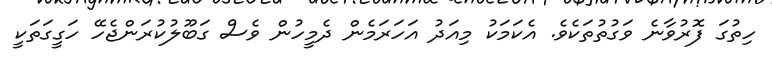
ހިތުގަ ފޮރުވާނެ ވަގުތުތަކެވެ. އެކަމަކު މިއަދު އަހަރަމެން ދެމީހުން ވެސް ގަބޫލުކުރަންޖެހޭ ހަގީގަތަކީ